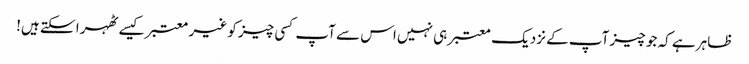
ظاہر ہے کہ جو چیز آپ کے نزدیک معتبر ہی نہیں اس سے آپ کسی چیز کو غیر معتبر کیسے ٹھہرا سکتے ہیں!